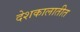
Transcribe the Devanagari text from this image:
देशकालातीत